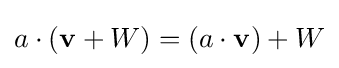
a\cdot (\mathbf {v} +W)=(a\cdot \mathbf {v} )+W